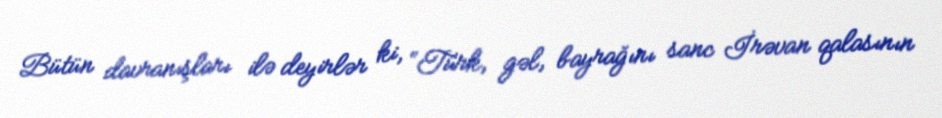
Bütün davranışları ilə deyirlər ki, “Türk, gəl, bayrağını sanc İrəvan qalasının